Vaccination in Bombay 1889-1901 - 1889-1901
Year: 1889
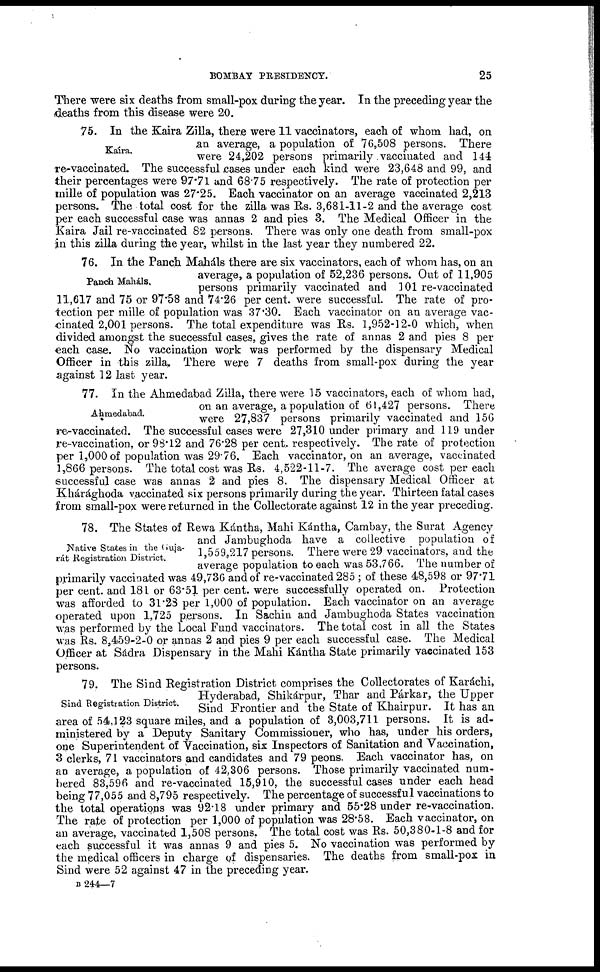
BOMBAY PRESIDENCY.
25
There were six deaths from small-pox during the year. In the preceding year the
deaths from this disease were 20.
Kaíra.
75. In the Kaira Zilla, there were 11 vaccinators, each of whom had, on
an average, a population of 76,508 persons. There
were 24,202 persons primarily vaccinated and 144
re-vaccinated. The successful cases under each kind were 23,648 and 99, and
their percentages were 97.71 and 68.75 respectively. The rate of protection per
mille of population was 27.25. Each vaccinator on an average vaccinated 2,213
persons. The total cost for the zilla was Rs. 3,681-11-2 and the average cost
per each successful case was annas 2 and pies 3. The Medical Officer in the
Kaira Jail re-vaccinated 82 persons. There was only one death from small-pox
in this zilla during the year, whilst in the last year they numbered 22.
Panch Maháls.
76. In the Panch Maháls there are six vaccinators, each of whom has, on an
average, a population of 52,236 persons. Out of 11,905
persons primarily vaccinated and 101 re-vaccinated
11,617 and 75 or 97.58 and 74.26 per cent. were successful. The rate of pro-
tection per mille of population was 37.30. Each vaccinator on an average vac-
cinated 2,001 persons. The total expenditure was Rs. 1,952-12-0 which, when
divided amongst the successful cases, gives the rate of annas 2 and pies 8 per
each case. No vaccination work was performed by the dispensary Medical
Officer in this zilla. There were 7 deaths from small-pox during the year
against 12 last year.
Ahmedabad.
77. In the Ahmedabad Zilla, there were 15 vaccinators, each of whom had,
on an average, a population of 61,427 persons. There
were 27,837 persons primarily vaccinated and 156
re-vaccinated. The successful cases were 27,310 under primary and 119 under
re-vaccination, or 98.12 and 76.28 per cent. respectively. The rate of protection
per 1,000 of population was 29.76. Each vaccinator, on an average, vaccinated
1,866 persons. The total cost was Rs. 4,522-11-7. The average cost per each
successful case was annas 2 and pies 8. The dispensary Medical Officer at
Khárághoda vaccinated six persons primarily during the year. Thirteen fatal cases
from small-pox were returned in the Collectorate against 12 in the year preceding.
Native States in the Guja¬
rát Registration District.
78. The States of Rewa Kántha, Mahi Kántha, Cambay, the Surat Agency
and Jambughoda have a collective population of
1,559,217 persons. There were 29 vaccinators, and the
average population to each was 53,766. The number of
primarily vaccinated was 49,736 and of re-vaccinated 285 ; of these 48,598 or 97.71
per cent. and 181 or 63.51 per cent. were successfully operated on. Protection
was afforded to 31.23 per 1,000 of population. Each vaccinator on an average
operated upon 1,725 persons. In Sachin and Jambughoda States vaccination
was performed by the Local Fund vaccinators. The total cost in all the States
was Rs. 8,459-2-0 or annas 2 and pies 9 per each successful case. The Medical
Officer at Sádra Dispensary in the Mahi Kántha State primarily vaccinated 153
persons.
Sind Registration District.
79. The Sind Registration District comprises the Collectorates of Karáchi,
Hyderabad, Shikárpur, Thar and Párkar, the Upper
Sind Frontier and the State of Khairpur. It has an
area of 54,123 square miles, and a population of 3,003,711 persons. It is ad-
ministered by a Deputy Sanitary Commissioner, who has, under his orders,
one Superintendent of Vaccination, six Inspectors of Sanitation and Vaccination,
3 clerks, 71 vaccinators and candidates and 79 peons. Each vaccinator has, on
an average, a population of 42,306 persons. Those primarily vaccinated num¬
bered 83,596 and re-vaccinated 15,910, the successful cases under each head
being 77,055 and 8,795 respectively. The percentage of successful vaccinations to
the total operations was 92.18 under primary and 55.28 under re-vaccination.
The rate of protection per 1,000 of population was 28.58. Each vaccinator, on
an average, vaccinated 1,508 persons. The total cost was Rs. 50,380-1-8 and for
each successful it was annas 9 and pies 5. No vaccination was performed by
the medical officers in charge of dispensaries. The deaths from small-pox in
Sind were 52 against 47 in the preceding year.
B 244—7